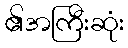
၏အကြီးဆုံး